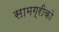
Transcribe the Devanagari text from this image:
सामग्रीको